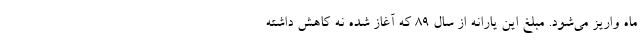
ماه واریز می‌شود. مبلغ این یارانه از سال ۸۹ که آغاز شده نه کاهش داشته